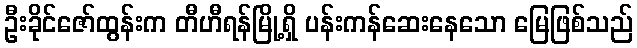
ဦးခိုင်ဇော်ထွန်းက တီဟီရန်မြို့ရှိ ပန်းကန်ဆေးနေသော မြေဖြစ်သည်